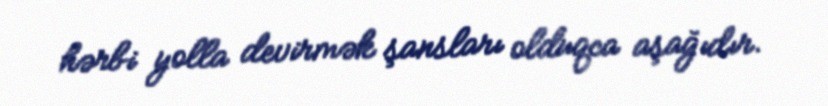
hərbi yolla devirmək şansları olduqca aşağıdır.